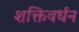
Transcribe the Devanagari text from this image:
शक्तिवर्धन